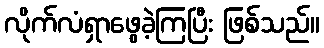
လိုက်လံရှာဖွေခဲ့ကြပြီး ဖြစ်သည်။